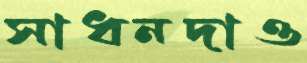
সাধনদাও